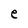
Character: e